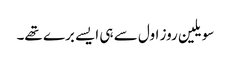
سویلین روز اول سے ہی ایسے برے تھے۔